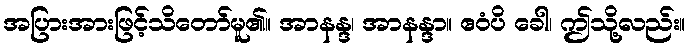
အပြားအားဖြင့်သိတော်မူ၏။ အာနန္ဒ၊ အာနန္ဒာ။ ဧဝံပိ ခေါ၊ ဤသို့လည်း။